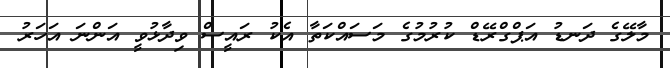
މާލޭގެ ދަނޑު އަޕްގްރޭޑް ކުރުމުގެ މަސައްކަތާ އެކު ރައީސް ވިދާޅުވީ އަންނަ އަހަރު